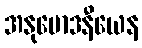
အနုမောဒနီယေန